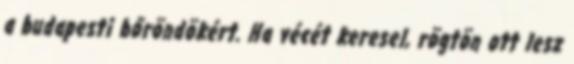
a budapesti bőröndökért. Ha vécét keresel, rögtön ott lesz